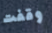
وقفت